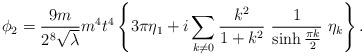
LaTeX: \begin{align*} \phi _2 = \frac {9 m}{2^8 \sqrt\lambda} m^4 t^4 \left\{ 3 \pi \eta_1 + i \sum _{k\not= 0} \frac{k^2}{1+k^2}~ \frac {1}{\sinh \frac{\pi k}{2}} ~\eta_k \right\}.\end{align*}